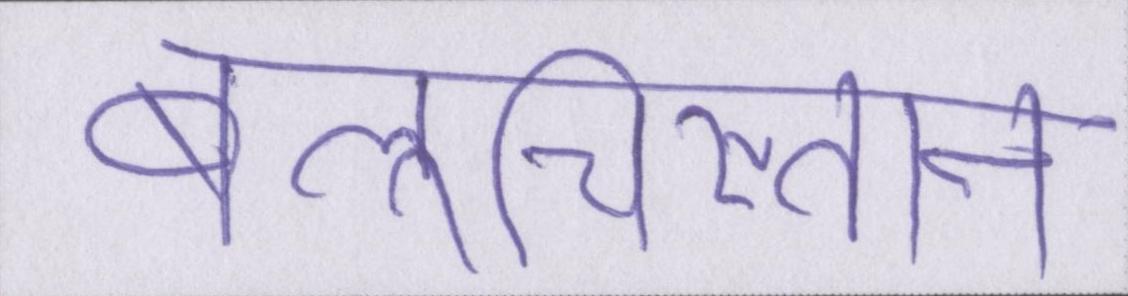
बलूचिस्तान